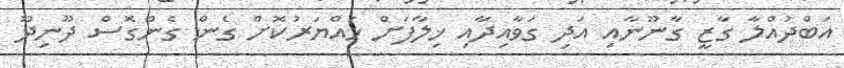
އަބްދުއްލާ ގާޒީ ގާނޫނާއި އަދި ގަވާއިދާއި ޚިލާފަށް ހައްޔަރުކޮށް ގެން ގެންގޮސް ދޫނިދޫ